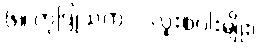
၆။ ကုဒြုသက = လူးစပါးမျိုး၊